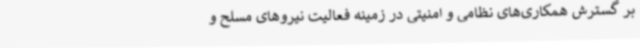
بر گسترش همکاری‌های نظامی و امنیتی در زمینه‌ فعالیت نیروهای مسلح و